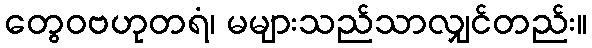
တွေဝဗဟုတရံ၊ မများသည်သာလျှင်တည်း။